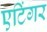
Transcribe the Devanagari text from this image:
एटिंगर